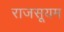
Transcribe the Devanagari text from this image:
राजसूयम